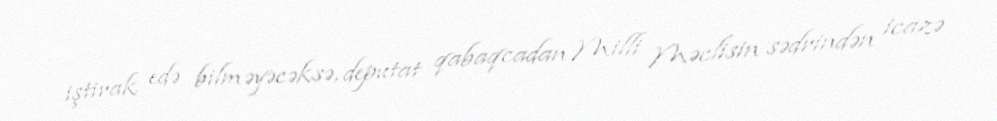
iştirak edə bilməyəcəksə, deputat qabaqcadan Milli Məclisin sədrindən icazə